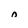
Character: 0